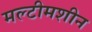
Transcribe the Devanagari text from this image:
मल्टीमशीन